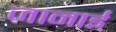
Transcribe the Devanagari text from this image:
जानाई